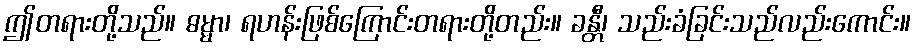
ဤတရားတို့သည်။ ဓမ္မာ၊ ရဟန်းဖြစ်ကြောင်းတရားတို့တည်း။ ခန္တီ၊ သည်းခံခြင်းသည်လည်းကောင်း။